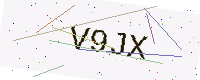
Text: V9JX